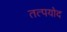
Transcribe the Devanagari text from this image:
तत्पयोद